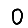
Digit: 0